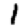
Digit: 1